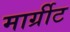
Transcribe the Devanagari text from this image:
मार्ग्रीट